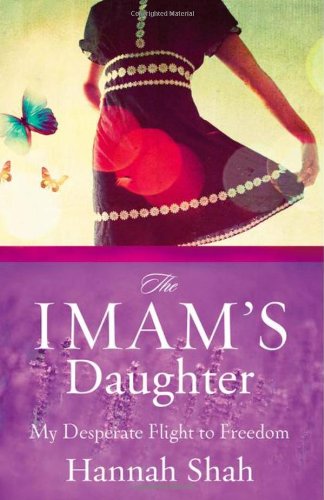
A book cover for The Imam's Daughter: My Desperate Flight to Freedom; Hannah Shah; Religion & Spirituality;